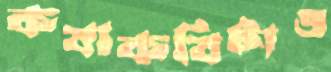
কষাকষিটাও